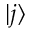
\lvert j \rangle